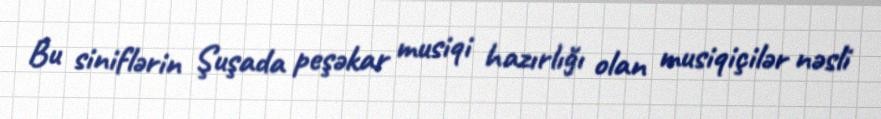
Bu siniflərin Şuşada peşəkar musiqi hazırlığı olan musiqiçilər nəsli